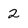
Character: 2